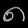
Digit: ၈